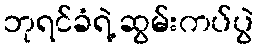
ဘုရင်ခံရဲ့ ဆွမ်းကပ်ပွဲ